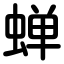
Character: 蝉